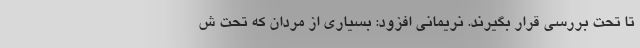
تا تحت بررسی قرار بگیرند. نریمانی افزود: بسیاری از مردان که تحت ش